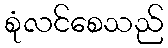
စုံလင်စေသည်